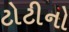
ટોટીનો